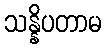
သန္နိပတာမ